Vaccination in the Punjab 1897-1904 - 1897-1904
Year: 1897
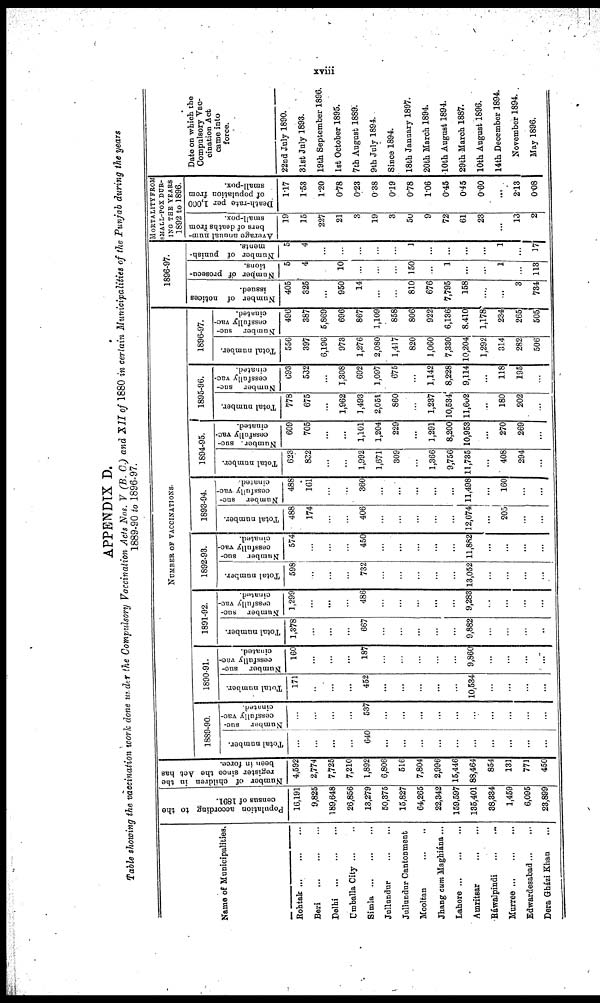
xviii
APPENDIX D.
Table showing the vaccination work done under the Compulsory Vaccination Acts Nos. V (B. C.) and XII of 1880 in certain Municipalities of the Punjab during the years
1889-90 to 1896-97.
Name of Municipalities.
Rohtak
...
...
...
Beri
...
...
...
Delhi
...
...
...
Umballa City ... ... ...
Simla
...
...
...
Jullundur
...
...
Jullundur Cantonment
Mooltan
...
...
Jhang cum Maghiána ...
Lahore
...
...
...
Amritsar
...
...
Ráwalpindi ... ...
Murree ...
...
...
Edwardesabad ... ...
Dera Gházi Khan ...
Population according to the
census of 1891.
16,191
9,825
189,648
26,856
13,279
50,375
15,827
64,265
22,342
159,597
135,401
38,334
1,459
6,095
23,899
Number of children in the
register since the Act has
been in force.
4,592
2,774
7,725
7,210
1,892
6,806
516
7,804
2,996
15,446
88,464
854
131
771
450
NUMBER OF VACCINATIONS.
1889-90.
Total number.
...
...
...
...
640
...
...
...
...
...
...
...
...
...
...
Number suc-
cessfully vac-
cinated
...
...
...
...
537
...
...
...
...
...
...
...
...
...
...
1890-91.
Total number.
171
...
...
...
452
...
...
...
...
...
10,534
...
...
...
...
Number suc-
cessfully vac-
cinated.
160
...
...
...
187
...
...
...
...
...
9,860
...
...
...
...
1891-92.
Total number.
1,378
...
...
...
667
...
...
...
...
...
9,882
...
...
...
...
Number suc-
cessfully vac-
cinated.
1,299
...
...
...
486
...
...
...
...
...
9,283
...
...
...
...
1892-93.
Total number.
598
..
...
...
732
...
...
...
...
...
13,052
...
...
...
...
Number suc-
cessfully vac-
cinated.
574
...
...
...
450
...
...
...
...
...
11,882
...
...
...
...
1893-94.
Total number.
488
174
...
...
406
...
...
...
...
...
12,674
...
205
...
...
Number suc-
cessfully vac-
cinated.
488
161
...
...
360
...
...
...
...
...
11,498
...
160
...
...
1894-95.
Total number.
623
832
...
...
1,992
1,671
309
...
1,366
9,756
11,735
...
408
294
...
Number suc-
cessfully vac-
cinated.
609
705
...
...
1,101
1,204
229
...
1,291
8,200
10,953
...
270
269
...
1895-96.
Total number.
778
675
...
1,962
1,493
2,051
860
...
1,237
10,534
11,602
...
180
202
...
Number suc-
cessfully vac-
cinated.
693
532
...
1,308
692
1,097
675
...
1,142
8,228
9,114
...
118
195
...
1896-97.
Total number.
556
397
6,190
973
1,276
2,080
1,417
820
1,060
7,330
10,204
1,292
314
282
506
Number suc-
cessfully vac-
cinated.
496
387
5,869
696
867
1,109
858
806
922
6,136
8.410
1,178
234
265
505]
1896-97.
Number of notices
issued.
405
325
...
950
14
...
...
810
676
7,795
158
...
..
3
734
Number of prosecu-
tions.
5
4
...
10
...
...
...
150
...
1
...
...
1
...
113
Number of punish-
ments.
5
4
...
...
...
...
...
1
...
...
...
...
1
...
17
MORTALITY FROM
SMALL-POX DUR¬
--- THE YEARS
1892 to 1896.
Average annual num-
bers of deaths from
small-pox.
19
15
227
21
3
19
3
50
9
72
61
23
...
13
2
Death-rate per 1,000
of population from
small-pox.
1.17
1.68
1.20
0.78
0.23
0 38
0.19
0.78
1.06
0.45
0.45
0.60
...
2.13
0.08
Date on which the
Compulsory Vac-
cination Act
came into
force.
22nd July 1890.
31st July 1893.
19th September 1896.
1st October 1895.
7th August 1889.
9th July 1894.
Since 1894.
18th January 1897.
20th March 1894.
10th August 1894.
29th March 1887.
10th August 1896.
14th December 1894.
November 1894. .
May 1896.